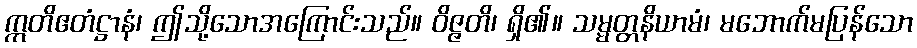
ဣတိဧတံဋ္ဌာနံ၊ ဤသို့သောအကြောင်းသည်။ ဝိဇ္ဇတိ၊ ရှိ၏။ သမ္မတ္တနိယာမံ၊ မဘောက်မပြန်သော